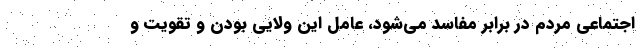
اجتماعی مردم در برابر مفاسد می‌شود، عامل این ولایی بودن و تقویت و